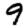
Digit: 9